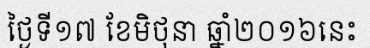
ថ្ងៃទី១៧ ខែមិថុនា ឆ្នាំ២០១៦នេះ